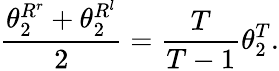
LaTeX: \frac{\theta_{2}^{R^{r}}+\theta_{2}^{R^{l}}}{2}=\frac{T}{T-1}\theta_{2}^{T}.